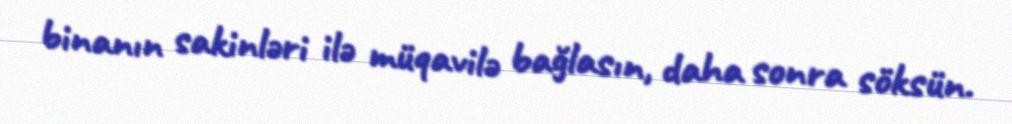
binanın sakinləri ilə müqavilə bağlasın, daha sonra söksün.